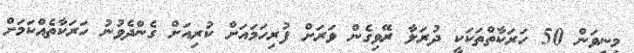
މިނިވަން 50 ހަރަކާތްތަކަކީ ދުރަލާ ރޭވިގެން ވަރަށް ފުރިހަމައަށް ކުރިއަށް ގެންދެވުނު ހަރަކާތެއްކަމަށް